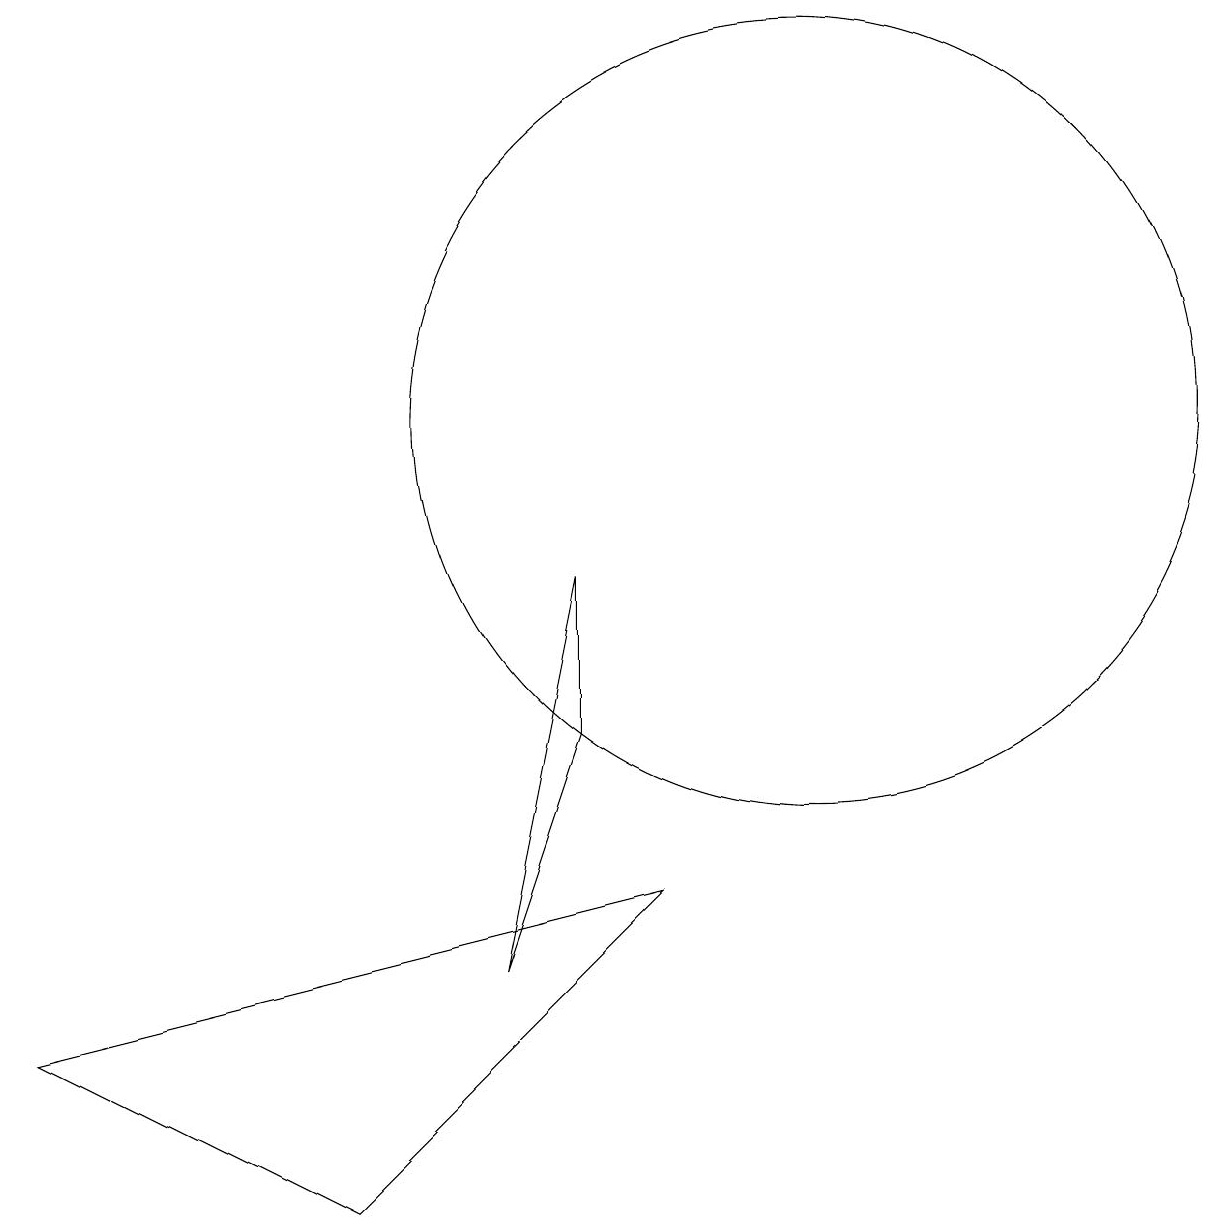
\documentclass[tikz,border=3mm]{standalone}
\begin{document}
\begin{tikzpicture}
\draw (8,6) -- (8,8) -- (7,3) -- cycle;
\draw (11,10) circle (5);
\draw (9,4) -- (5,0) -- (1,2) -- cycle;
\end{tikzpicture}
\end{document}